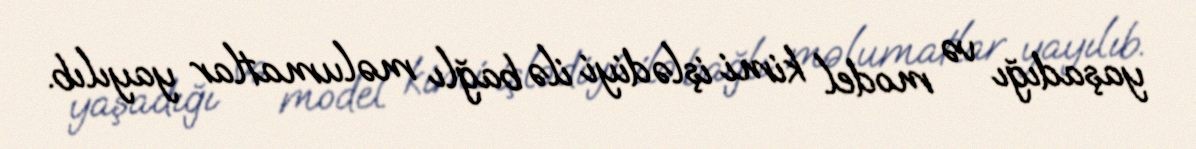
yaşadığı və model kimi işlədiyi ilə bağlı məlumatlar yayılıb.